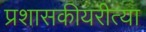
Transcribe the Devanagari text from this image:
प्रशासकीयरीत्या